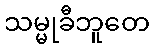
သမ္မုခီဘူတေ